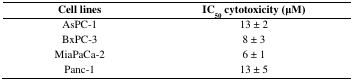
<table><thead><tr><td><b>Cell lines</b></td><td><b>IC<sub>50</sub> cytotoxicity (μM)</b></td></tr></thead><tbody><tr><td>AsPC-1</td><td>13 ± 2</td></tr><tr><td>BxPC-3</td><td>8 ± 3</td></tr><tr><td>MiaPaCa-2</td><td>6 ± 1</td></tr><tr><td>Panc-1</td><td>13 ± 5</td></tr></tbody></table>